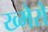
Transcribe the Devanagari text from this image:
ख्मेरो